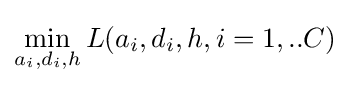
{\underset {a_{i},d_{i},h}{\mathop {\min } }}\,L(a_{i},d_{i},h,i=1,..C)